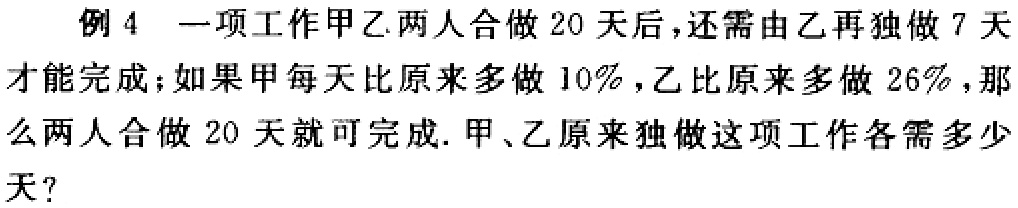
例 4 一项工作甲乙两人合做 20 天后，还需由乙再独做 7 天才能完成；如果甲每天比原来多做 10%，乙比原来多做 26%，那么两人合做 20 天就可完成. 甲、乙原来独做这项工作各需多少天？